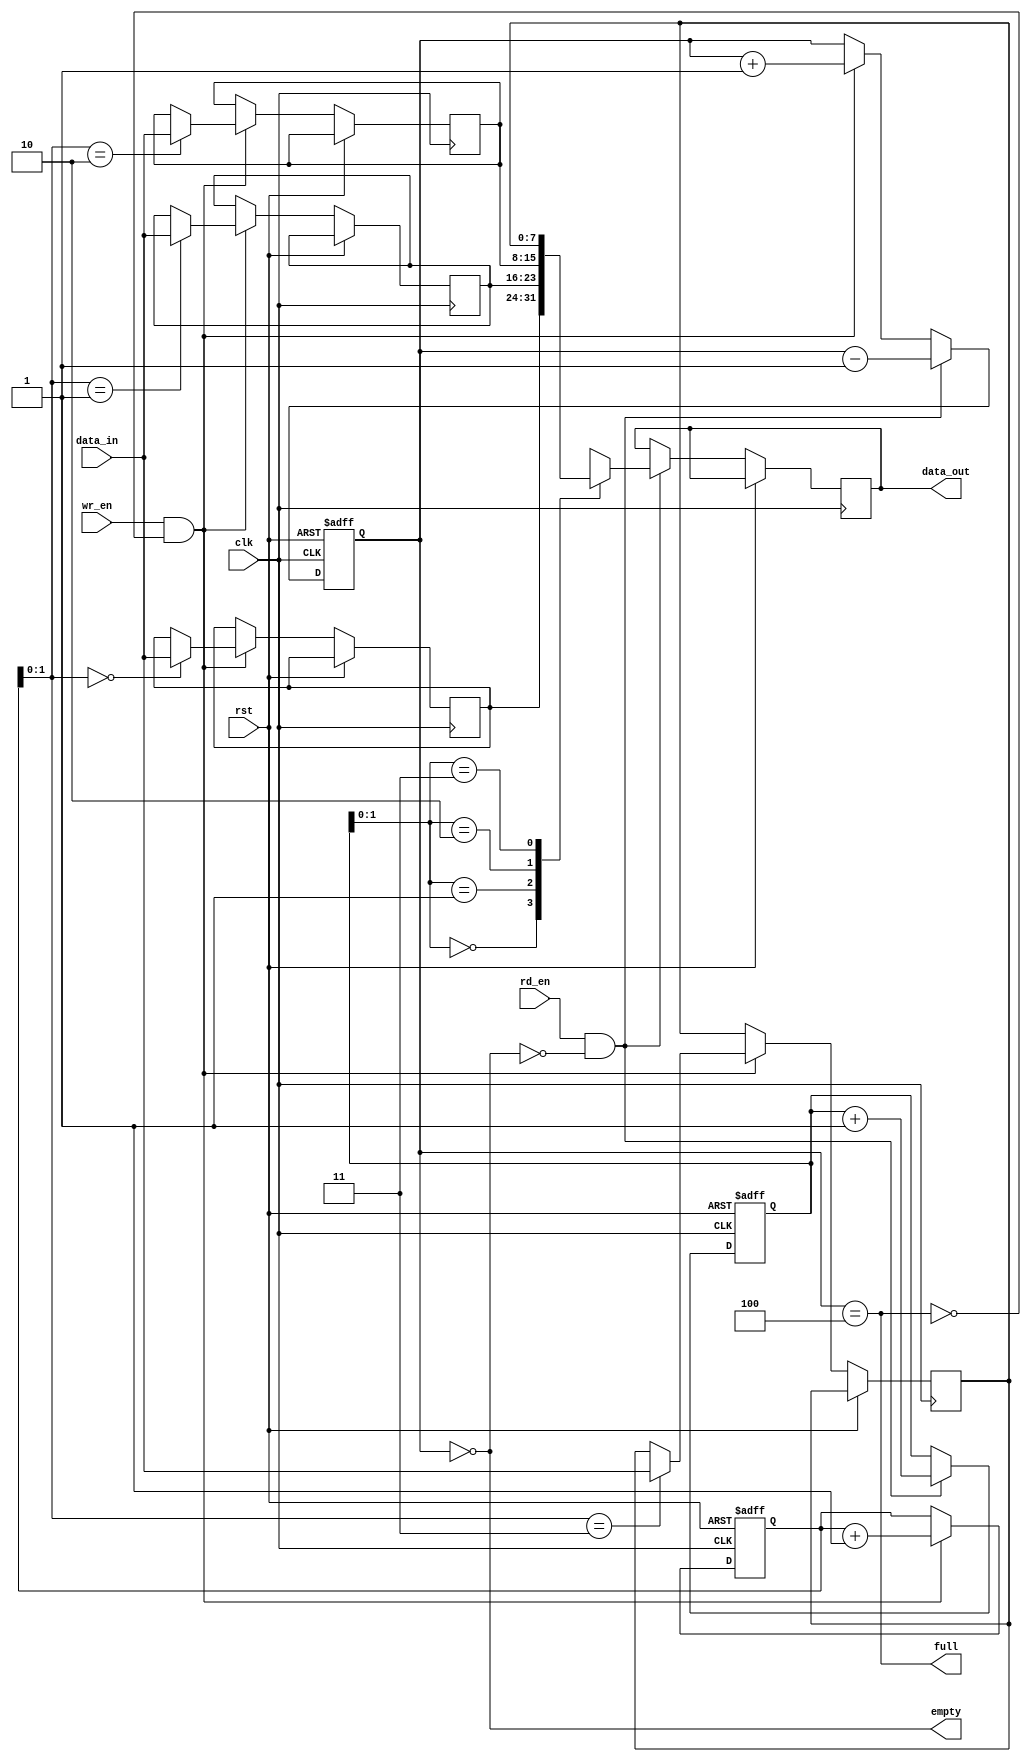
module fifo (
    input wire clk,
    input wire rst,
    input wire wr_en,
    input wire rd_en,
    input wire [7:0] data_in,
    output reg [7:0] data_out,
    output wire full,
    output wire empty
);

parameter FIFO_DEPTH = 4;
parameter DATA_WIDTH = 8;

reg [DATA_WIDTH-1:0] memory [0:FIFO_DEPTH-1];
reg [DATA_WIDTH-1:0] write_ptr = 0;
reg [DATA_WIDTH-1:0] read_ptr = 0;
reg [FIFO_DEPTH-1:0] count = 0;

always @ (posedge clk or posedge rst)
begin
    if (rst)
    begin
        write_ptr <= 0;
        read_ptr <= 0;
        count <= 0;
    end
    else
    begin
        if (wr_en && ~full)
        begin
            memory[write_ptr] <= data_in;
            write_ptr <= write_ptr + 1;
            count <= count + 1;
        end
        if (rd_en && ~empty)
        begin
            data_out <= memory[read_ptr];
            read_ptr <= read_ptr + 1;
            count <= count - 1;
        end
    end
end

assign full = (count == FIFO_DEPTH);
assign empty = (count == 0);

endmodule